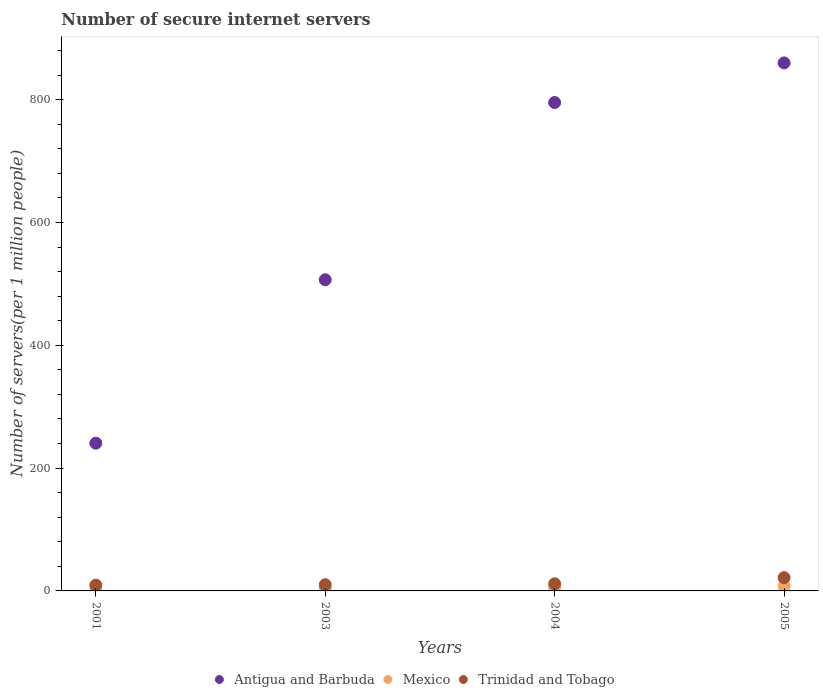
| Years | Antigua and Barbuda | Mexico | Trinidad and Tobago |
 | --- | --- | --- | --- |
 | 2001 | 241 | 2.48 | 9.43 |
 | 2003 | 507 | 3.89 | 10.1 |
 | 2004 | 795 | 5.86 | 11.6 |
 | 2005 | 860 | 7.86 | 21.6 |